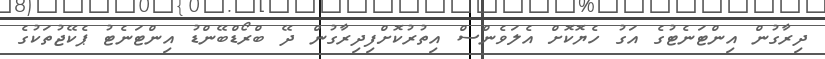
ދިރާގުން އިންޓަނެޓުގެ އަގު ހެޔޮކޮށް އެލަވެންސް އިތުރުކޮށްފިދިރާގުން ދޭ ބްރޯޑްބޭންޑު އިންޓަނެޓު ޕެކޭޖުތަކުގެ